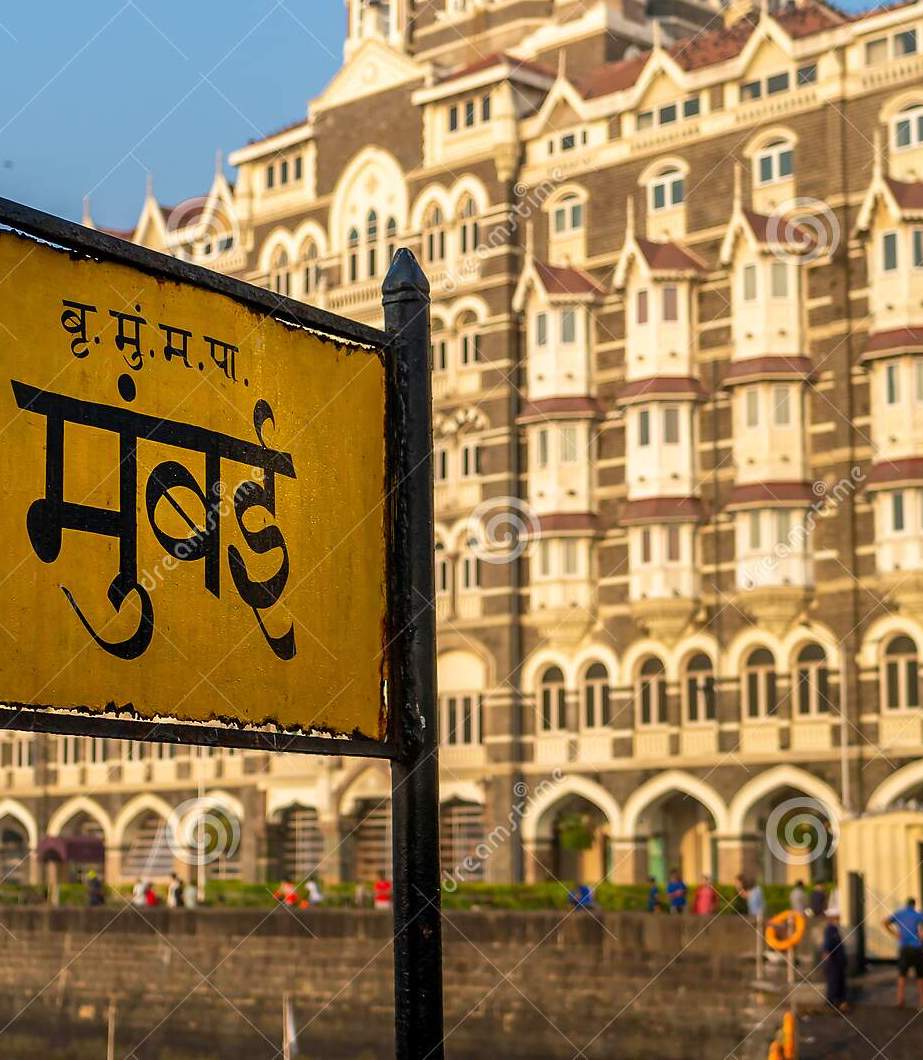
Language: marathi
Transcription: मुंबई बृ. म. पा. मुं .